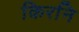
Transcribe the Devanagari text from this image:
किरनि